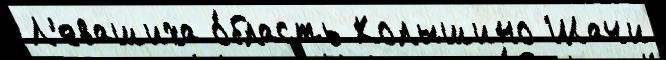
Л'евашиха о́бласть Колышино Шачи